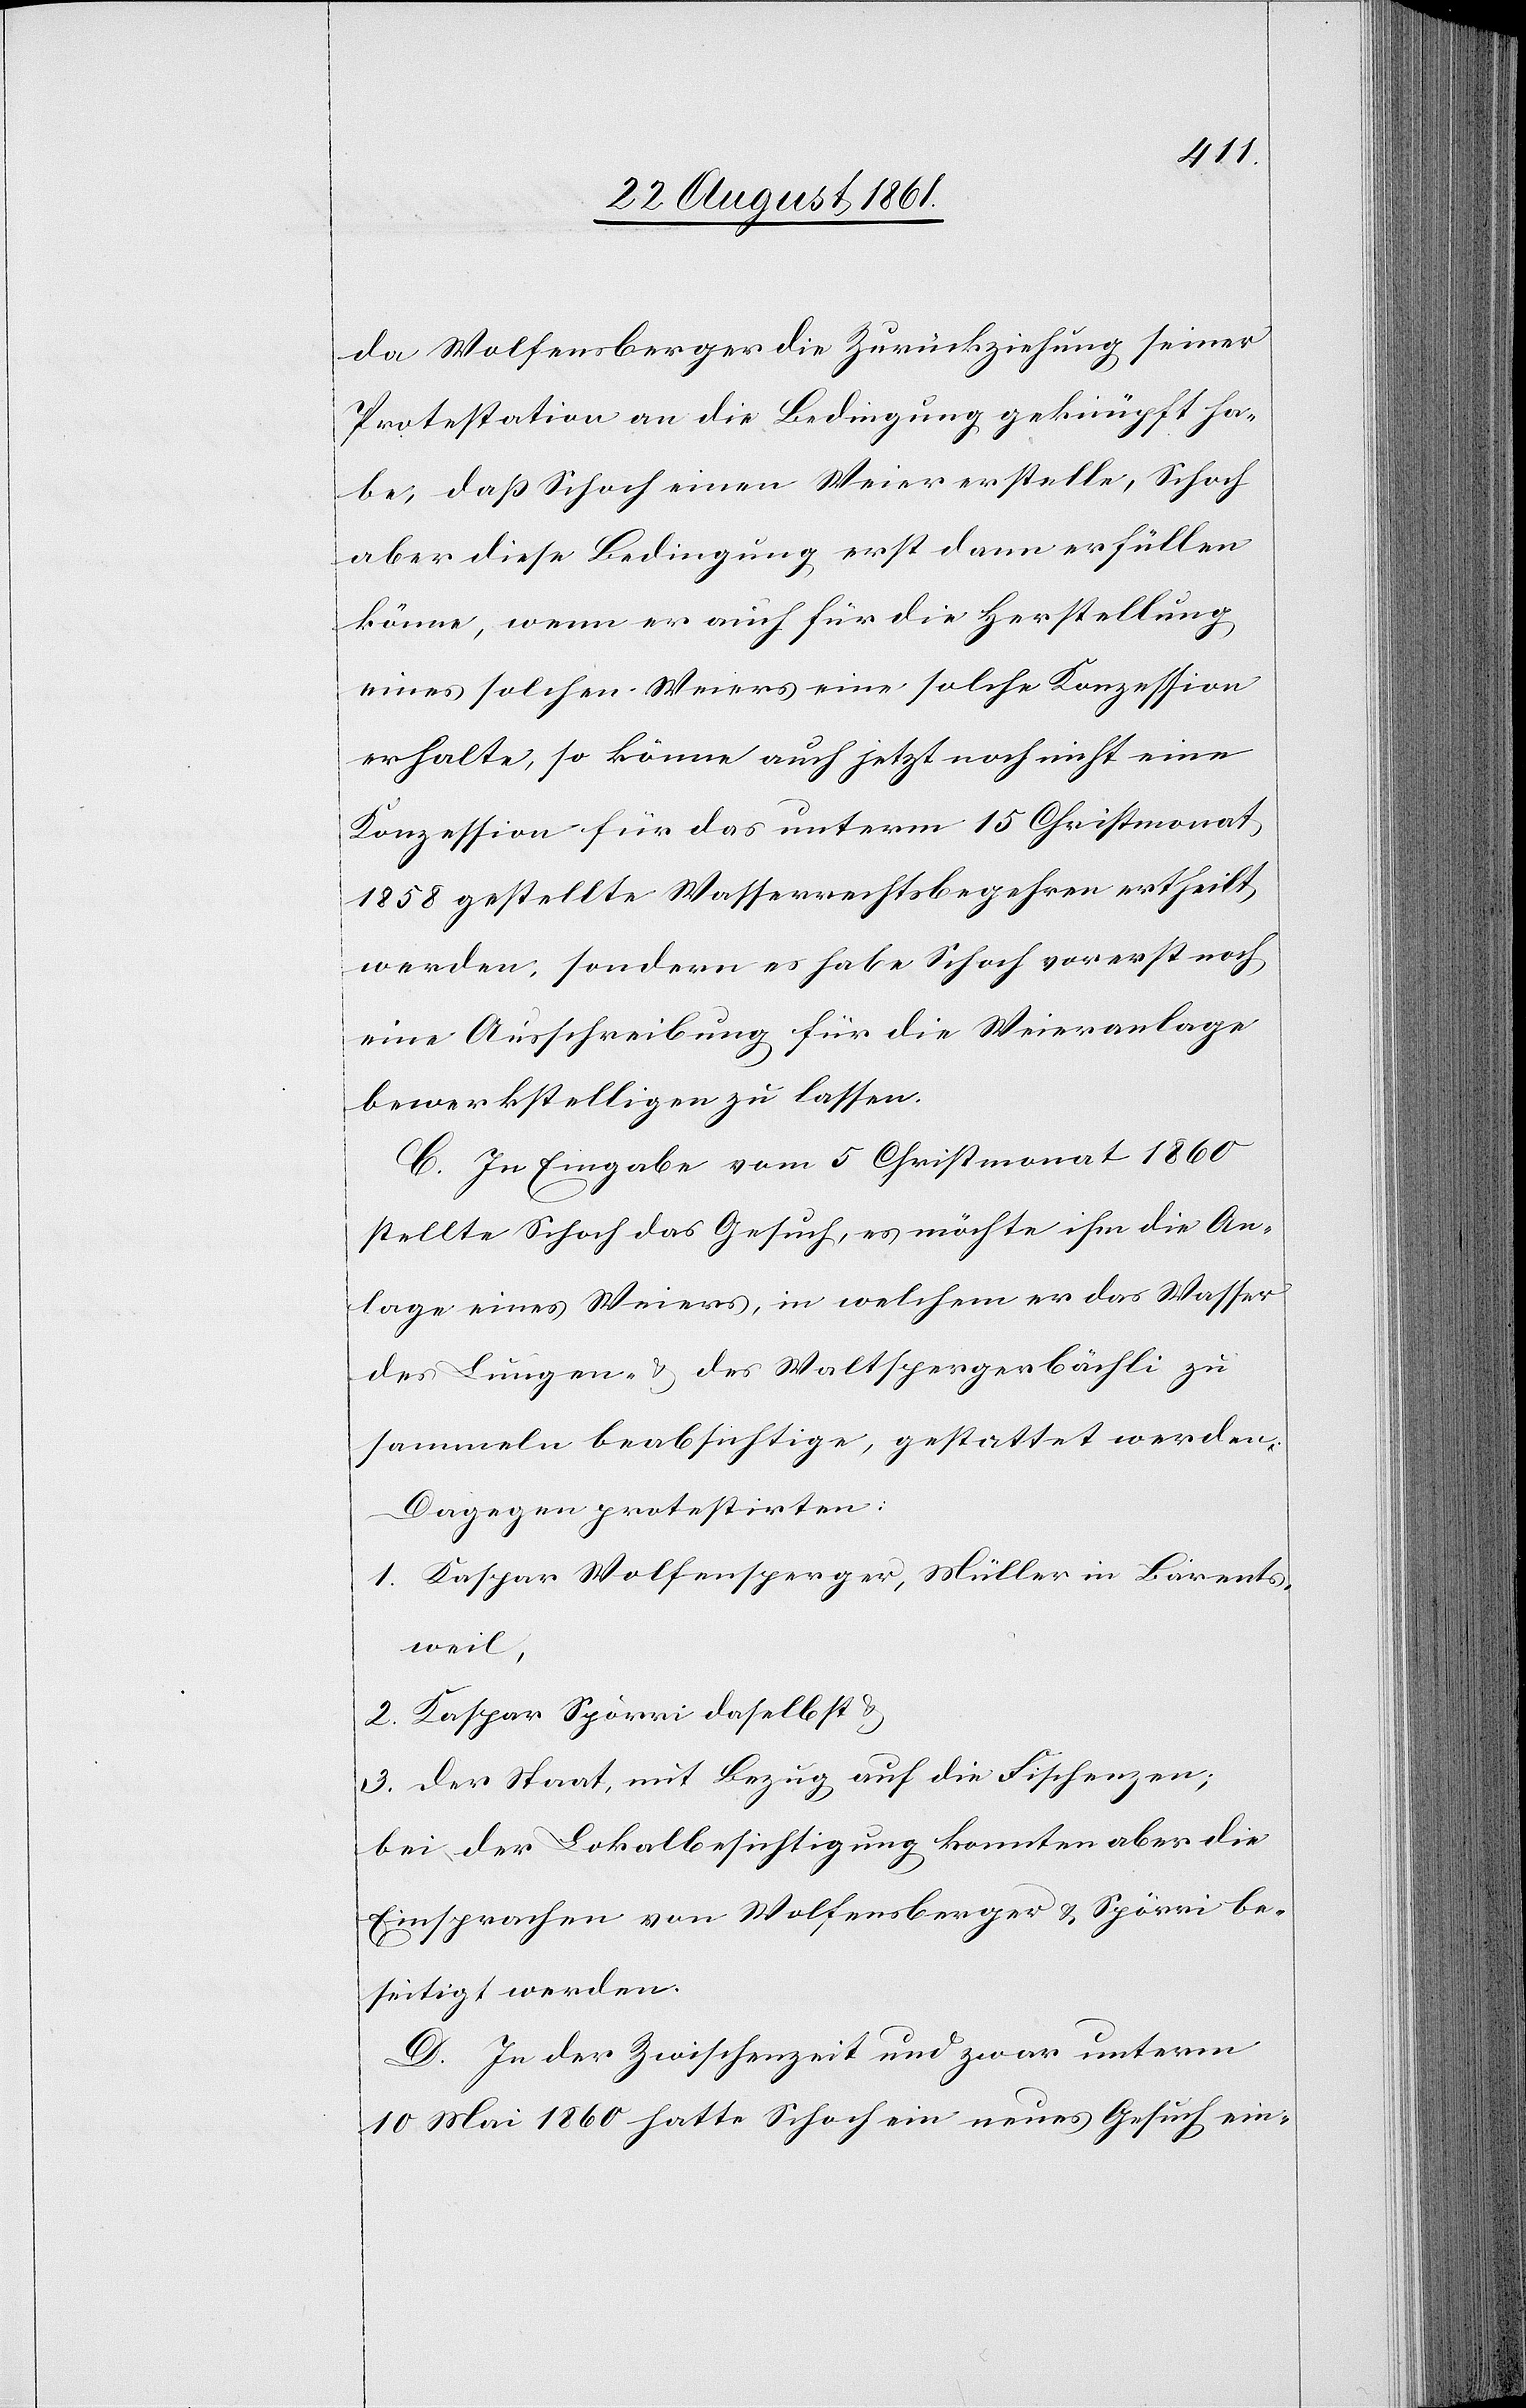
da Wolfensberger die Zurückziehung seiner
Protestation an die Bedingung geknüpft ha¬
be, daß Schoch einen Weier aufstelle, Schoch
aber diese Bedingung erst dann erfüllen
könne, wenn er auch für die Herstellung
eines solchen Weiers eine solche Konzession
erhalte, so könne auch jetzt noch nicht eine
Konzession für das unterm 15 Christmonat
1858 gestellte Wasserrechtsbegehren ertheilt
werden, sondern es habe Schoch vorerst noch
eine Ausschreibung für die Weieranlage
bewerkstelligen zu lassen.
C. In Eingabe vom 5 Christmonat 1860
stellte Schoch das Gesuch, es möchte ihm die An¬
lage eines Weiers, in welchem er das Wasser
des Lunzen- u. Walterspergerbächli zu
sammeln beabsichtige, gestattet werden.
Dagegen protestirten:
1. Kaspar Wolfensperger, Müller in Bärents¬
weil,
2. Kaspar Spörri daselbst u.
3. Der Staat, mit Bezug auf die Fischenzen;
bei der Lokalbesichtigung konnten aber die
Einsprachen von Wolfensberger u. Spörri be¬
seitigt werden.
D. In der Zwischenzeit und zwar unterm
10 Mai 1860 hatte Schoch ein neues Gesuch ein-